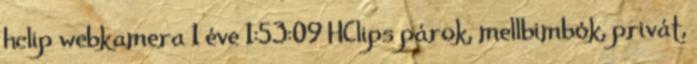
hclip webkamera 1 éve 1:53:09 HClips párok, mellbimbók, privát,